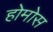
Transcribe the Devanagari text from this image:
होमोस